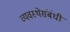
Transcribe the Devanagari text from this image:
व्यवस्थेसंबंधी